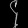
Digit: ၄